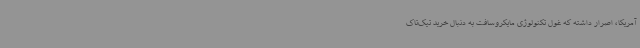
آمریکا، اصرار داشته که غول تکنولوژی مایکروسافت به دنبال خرید تیک‌تاک